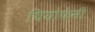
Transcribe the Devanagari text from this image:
थियोफेनी